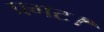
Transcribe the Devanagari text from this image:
प्रगट।